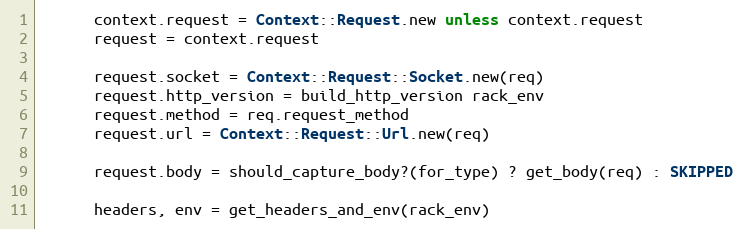
Language: Ruby
      context.request = Context::Request.new unless context.request
      request = context.request

      request.socket = Context::Request::Socket.new(req)
      request.http_version = build_http_version rack_env
      request.method = req.request_method
      request.url = Context::Request::Url.new(req)

      request.body = should_capture_body?(for_type) ? get_body(req) : SKIPPED

      headers, env = get_headers_and_env(rack_env)